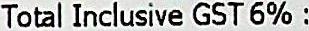
TOTAL INCLUSIVE GST 6% :